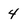
Character: 4